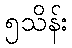
၅သိန်း